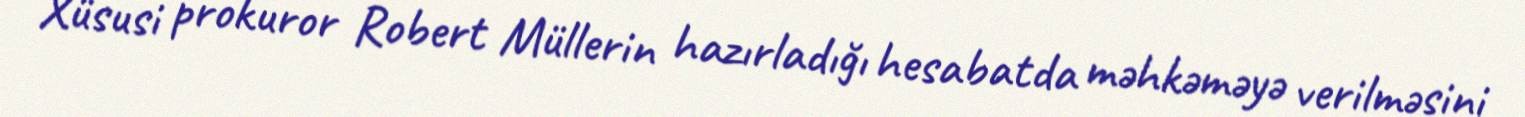
Xüsusi prokuror Robert Müllerin hazırladığı hesabatda məhkəməyə verilməsini